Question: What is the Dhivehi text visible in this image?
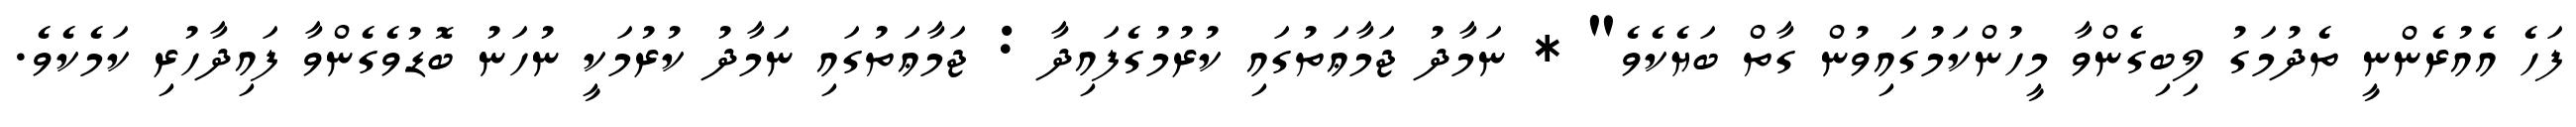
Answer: ފަހެ އެއުރެންނީ ތެދުމަގު ލިބިގެންވާ މީހުންކަމުގައިވުން ގާތް ބަޔެކެވެ" * ނަމާދު ޖަމާޢަތުގައި ކުރުމުގެފައިދާ : ޖަމާޢަތުގައި ނަމާދު ކުރުމަކީ ނުހަނު ބޮޑުވެގެންވާ ފައިދާހުރި ކަމެކެވެ.